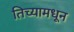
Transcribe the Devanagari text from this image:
तिच्यामधून